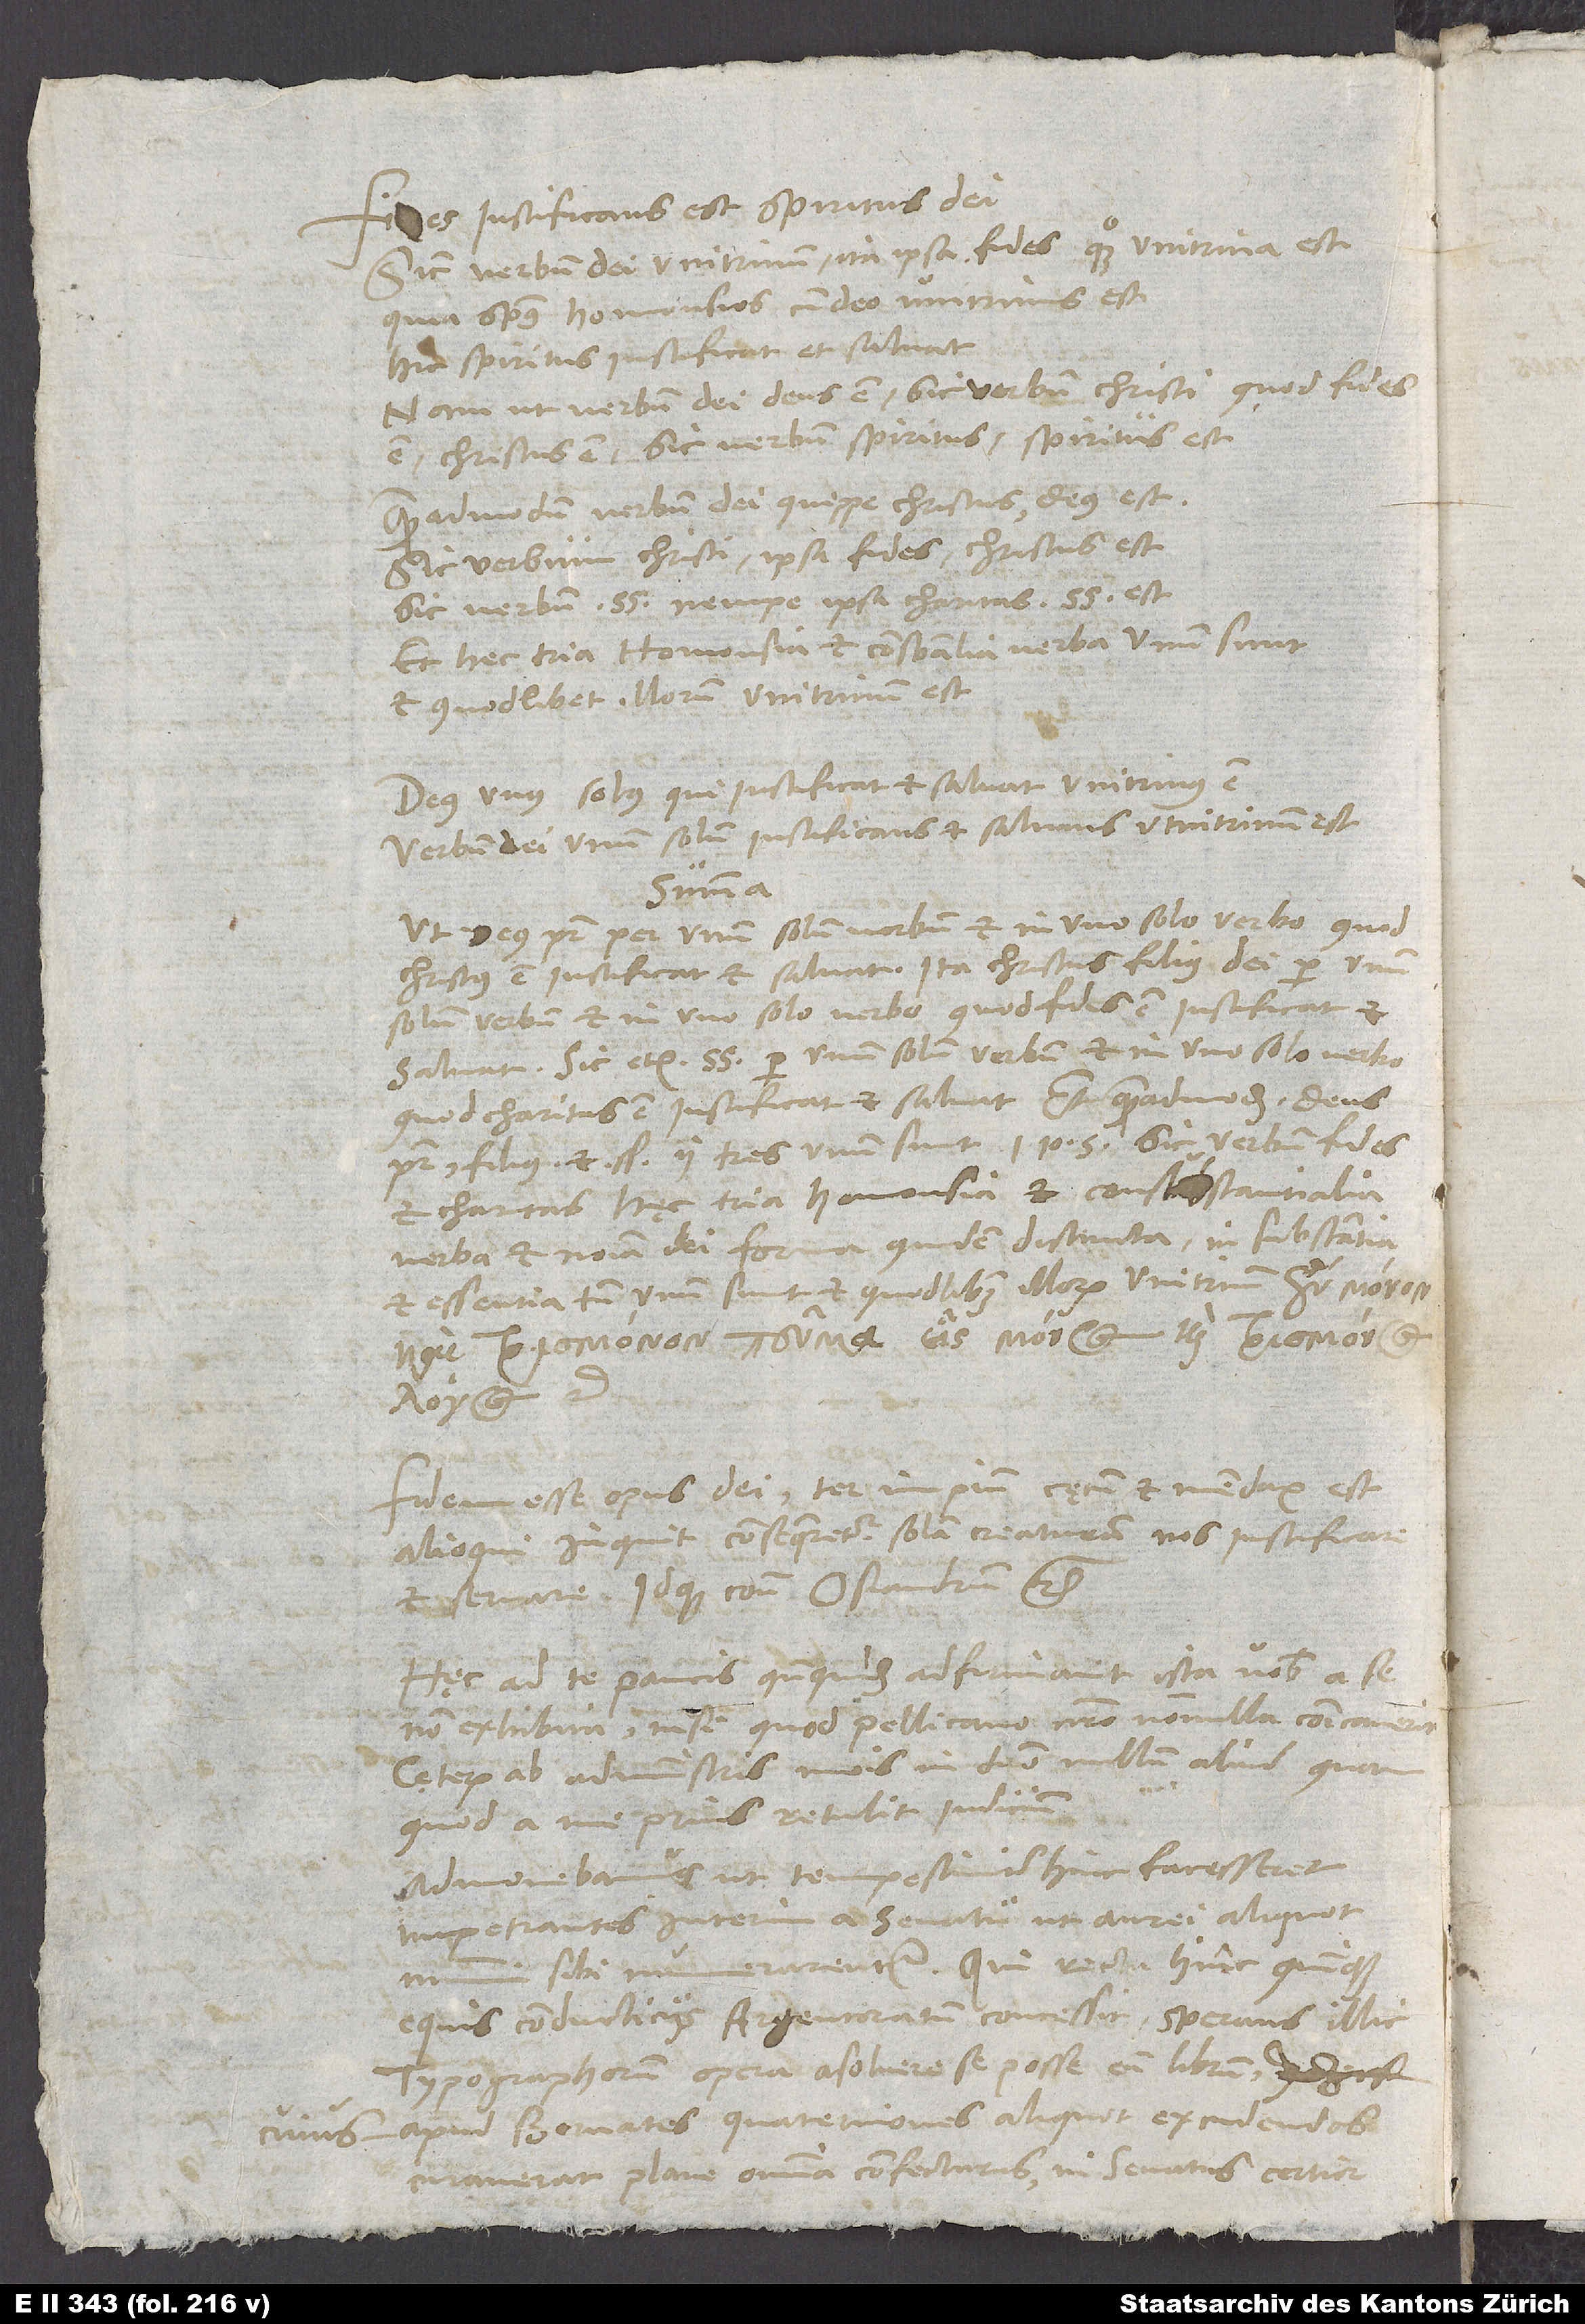
iustificans est spiritus dei.
Sicut verbum dei unitrinum, ita ipsa fides quoque unitrina est,
quia spiritus homousios cum deo unitrinus est.
Hic spiritus iustificat et salvat;
nam ut verbum dei deus est, sic verbum Christi, quod fides
est, Christus est, sic verbum spiritus spiritus est.
Quemadmodum verbum dei, quippe Christus, deus est,
sic verbum Christi, ipsa fides, Christus est;
et charitas, hęc tria homousia et consubstantialia
verba et nomina dei forma quidem distincta, in substantia
et essentia tamen unum sunt et quodlibet illorum unitrinum;
d.
Fidem esse opus dei ter impium, cęcum et mendax est.
Alioqui“, inquit, „consequeretur solam creaturam nos iustificare
salvare“, idque contra Osiandrum etc.
Hęc ad te paucis, quandoquidem adfirmavit ista vobis a se
non exhibita, nisi quod Pellicano nostro nonnulla communicaverit.
Cęterum ab administris meis in domino nullum aliud, quam
quod a me prius, retulit iudicium.
Admonebamus, ut tempestiviter hinc facesseret
impetrantes interim a senatu, ut aurei aliquot
nummi sibi numerarentur, qui recta hinc quinque
equis conducticiis Argentoratum concessit sperans illic
typographorum opera absolvere se posse eum librum,
cuius apud Bernates quaterniones aliquot excudendos
curaverat plane omnia confecturus, ni senatus certior